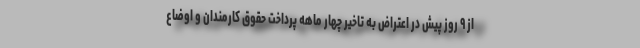
از ۹ روز پیش در اعتراض به تاخیر چهار ماهه پرداخت حقوق کارمندان و اوضاع